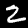
Digit: 2